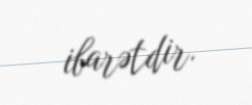
ibarətdir.